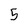
Character: 5